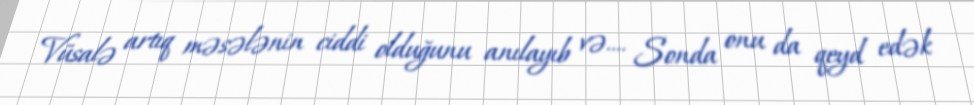
Vüsalə artıq məsələnin ciddi olduğunu anılayıb və.... Sonda onu da qeyd edək